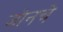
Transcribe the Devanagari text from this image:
जोनचे